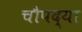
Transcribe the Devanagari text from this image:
चौपद्या